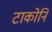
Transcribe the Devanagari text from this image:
टाकोनि